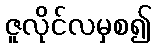
ဇူလိုင်လမှစ၍